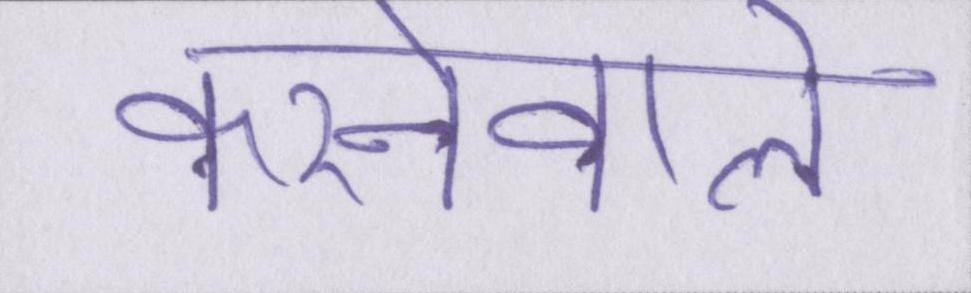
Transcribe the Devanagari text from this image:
करनेवाले